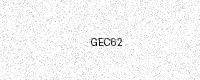
Text: GEC62